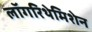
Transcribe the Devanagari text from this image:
लॉगरिथेमिशेन